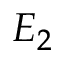
E _ { 2 }